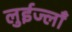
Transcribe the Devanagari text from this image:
लुईज्लाँ